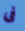
فى